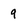
Character: 9